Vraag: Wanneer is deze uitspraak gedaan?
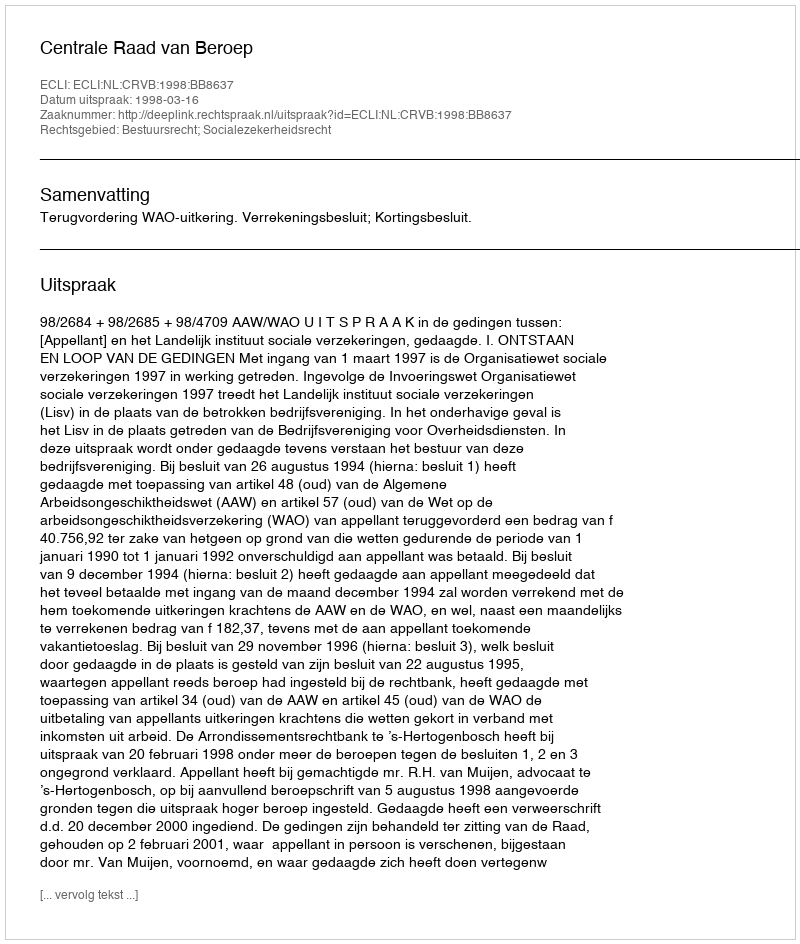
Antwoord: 1998-03-16